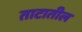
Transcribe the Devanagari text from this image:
ताटातील